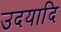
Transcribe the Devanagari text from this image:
उदयादि